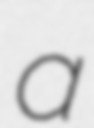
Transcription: a